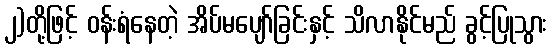
၂)တို့ဖြင့် ဝန်းရံနေတဲ့ အိပ်မပျော်ခြင်းနှင့် သိလာနိုင်မည် ခွင့်ပြုသွား